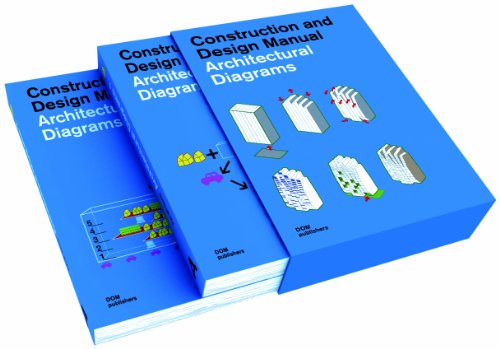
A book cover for Architectural Diagrams; Pyo Mi Young; Arts & Photography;